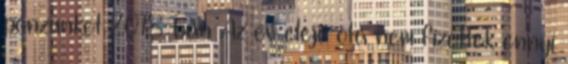
pénzünket 2018-ban Az év eleje óta nem fizettek ennyi